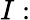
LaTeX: I: